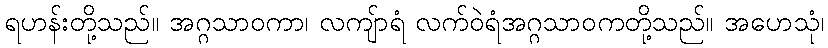
ရဟန်းတို့သည်။ အဂ္ဂသာဝကာ၊ လကျ်ာရံ လက်ဝဲရံအဂ္ဂသာဝကတို့သည်။ အဟေသုံ၊